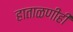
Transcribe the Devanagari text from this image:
हाताळणीही